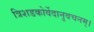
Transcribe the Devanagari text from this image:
त्रिशडकोर्वेदानुवचनम्।